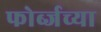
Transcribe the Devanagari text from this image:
फोर्ब्जच्या